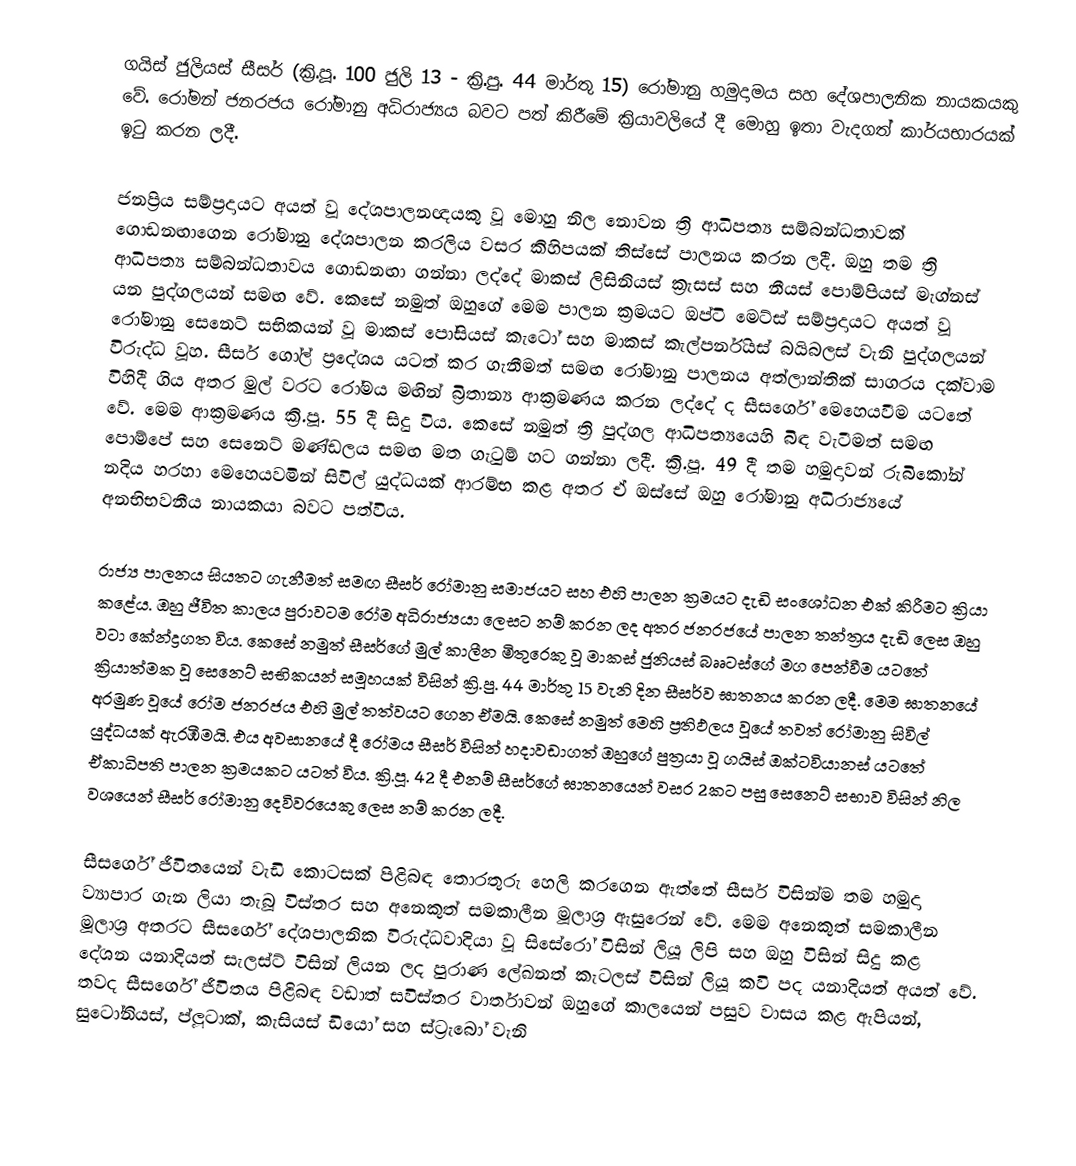
ගයිස් ජුලියස් සීසර් (ක්‍රි.පූ. 100 ජුලි 13 - ක්‍රි.පු. 44 මාර්තු 15) රෝමානු හමුදාමය සහ දේශපාලනික නායකයකු වේ. රෝමන් ජනරජය රෝමානු අධිරාජ්‍යය බවට පත් කිරීමේ ක්‍රියාවලියේ දී මොහු ඉතා වැදගත් කාර්යභාරයක් ඉටු කරන ලදී.

ජනප්‍රිය සම්ප්‍රදායට අයත් වූ දේශපාලනඥයකු ‍වූ මොහු නිල නොවන ත්‍රි ආධිපත්‍ය සම්බන්ධතාවක් ගොඩනඟාගෙන ‍රෝමානු දේශපාලන කරලිය වසර කිහිපයක් තිස්සේ පාලනය කරන ලදී. ඔහු තම ත්‍රි ආධිපත්‍ය සම්බන්ධතාවය ගොඩනඟා ගන්නා ලද්දේ මාකස් ලිසිනියස් ක්‍රැසස් සහ නීයස් පොම්පියස් මැග්නස් යන පුද්ගලයන් සමඟ වේ. කෙසේ නමුත් ඔහුගේ මෙම පාලන ක්‍රමයට ඔප්ටි මෙට්ස් සම්ප්‍රදා‍යට අයත් වූ රෝමානු සෙනෙට් සභිකයන් වූ මාකස් පෝසියස් කැටෝ සහ මාකස් කැල්පර්නියස් බයිබලස් වැනි පුද්ගලයන් විරුද්ධ වූහ. සීසර් ගෝල් ප්‍රදේශය යටත් කර ගැනීමත් සමඟ රෝමානු පාලනය අත්ලාන්තික් සාගරය දක්වාම විහිදී ගිය අතර මුල් වරට රෝමය මඟින් බ්‍රිතාන්‍ය ආක්‍රමණය කරන ලද්දේ ද සීසර්ගේ මෙහෙයවීම යටතේ වේ. මෙම ආක්‍රමණය ක්‍රි.පූ. 55 දී සිදු විය.  කෙසේ නමුත් ත්‍රි පුද්ගල ආධිපත්‍යයෙහි බිඳ වැටීමත් සමඟ පොම්පේ සහ සෙනෙට් මණ්ඩලය සමඟ මත ගැටුම් හට ගන්නා ලදී. ක්‍රි.පූ. 49 දී තම හමුදාවන් රු‍බිකෝන් නදිය හරහා මෙහෙයවමින් සිවිල් යුද්ධයක් ආරම්භ කළ අතර ඒ ඔස්සේ ඔහු ‍රෝමානු අධිරාජ්‍යයේ අනභිභවනීය නායකයා බවට පත්විය.

රාජ්‍ය පාලනය සියතට ගැනීමත් සමඟ සීසර් රෝමානු සමාජයට සහ එහි පාලන ක්‍රමයට දැඩි සංශෝධන එක් කිරීමට ක්‍රියා කළේය. ඔහු ජීවිත කාලය පුරාව‍ටම රෝම අධිරාජ්‍යයා ලෙසට නම් කරන ලද අතර ජනරජයේ පාලන තන්ත්‍රය දැඩි ලෙස ඔහු වටා කේන්ද්‍රගත විය. කෙසේ නමුත් සීසර්ගේ මුල් කාලීන මිතුරෙකු වූ මාකස් ජුනියස් බෲටස්ගේ මග පෙන්වීම යටතේ ක්‍රියාත්මක වූ සෙනෙට් සභිකයන් සමූහයක් විසින් ක්‍රි.පු. 44 මාර්තු 15 වැනි දින සීසර්ව ඝාතනය කරන ලදී. මෙම ඝාතනයේ අරමුණ වූයේ රෝම ජනරජය එහි මුල් තත්වයට ගෙන ඒමයි. කෙසේ නමුත් මෙහි ප්‍රතිඵලය වූයේ තවත් රෝමානු සිවිල් යුද්ධයක් ඇරඹීමයි. එය අවසානයේ දී රෝමය සීසර් විසින් හදාවඩාගත් ඔහු‍ගේ පුත්‍රයා වූ ගයිස් ඔක්ටවියානස් යටතේ ඒකාධිපති පාලන ක්‍රමයකට යටත් විය. ක්‍රි.පූ. 42 දී එනම් සීසර්ගේ ඝාතනයෙන් වසර 2කට පසු සෙනෙට් සභාව විසින් නිල වශයෙන් සීසර් රෝමානු දෙවිවරයෙකු ලෙස නම් කරන ලදී.

සීසර්ගේ ජීවි‍තයෙන් වැඩි කොටසක් පිළිබඳ තොරතුරු හෙලි කරගෙන ඇත්තේ සීසර් විසින්ම තම හමුදා ව්‍යාපාර ‍ගැන ලියා තැබූ විස්තර සහ අනෙකුත් සමකාලීන මූලාශ්‍ර ඇසුරෙන් වේ. මෙම අනෙකුත් සමකාලීන මූලාශ්‍ර අතරට සීසර්ගේ දේශපාලනික විරුද්ධවාදියා වූ සිසේරෝ විසින් ලියූ ලිපි සහ ඔහු විසින් සිදු කළ දේශන යනාදියත් සැලස්ට් විසින් ලියන ලද පුරාණ ලේඛනත් කැටලස් විසින් ලියූ කවි පද යනාදියත් අයත් වේ. තවද සීසර්ගේ ජීවිතය පිළිබඳ වඩාත් සවිස්තර වාර්තාවන් ඔහුගේ කාලයෙන් පසුව වාසය කළ ඇපියන්, සුටෝනියස්, ප්ලූටාක්, කැසියස් ඩියෝ සහ ස්ට්‍රැබෝ වැනි